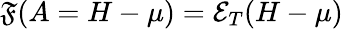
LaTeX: {\mathfrak{F}(A=H-\mu)=\mathcal{E}_{T}(H-\mu)}